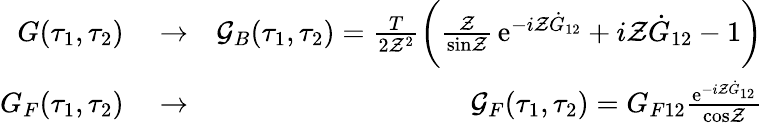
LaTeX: \begin{array}{rlr}{G(\tau_{1},\tau_{2})}&{{}\to}&{{\cal G}_{B}(\tau_{1},\tau_{2})=\frac{T}{2{\cal Z}^{2}}\biggl({\frac{\cal Z}{\mathrm{sin}{\cal Z}}}\, \mathrm{e}^{-i{\cal Z}\dot{G}_{12}}+i{\cal Z}\dot{G}_{12}-1\biggr)}\\ {G_{F}(\tau_{1},\tau_{2})}&{{}\to}&{{\cal G}_{F}(\tau_{1},\tau_{2})=G_{F12}{\frac{\mathrm{e}^{-i{\cal Z}\dot{G}_{12}}}{\mathrm{cos}{\cal Z}}}}\end{array}